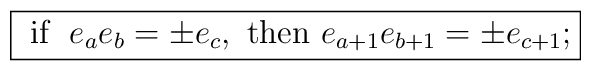
\fbox{$\mbox{ if } \; e_{a}e_{b}=\pm e_{c}, \mbox{ then } e_{a+1}e_{b+1}=\pm e_{c+1};$}